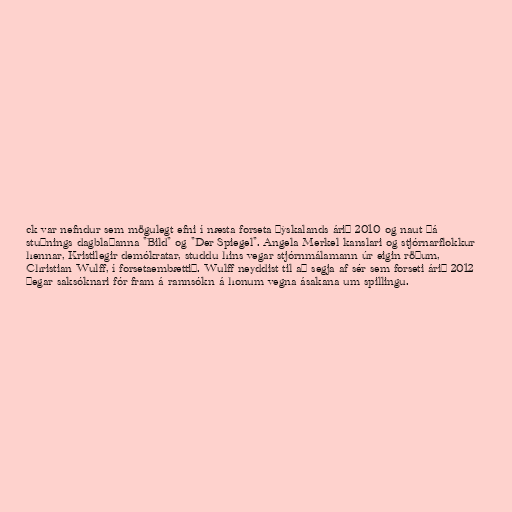
ck var nefndur sem mögulegt efni í næsta forseta Þýskalands árið 2010 og naut þá
stuðnings dagblaðanna "Bild" og "Der Spiegel". Angela Merkel kanslari og stjórnarflokkur
hennar, Kristilegir demókratar, studdu hins vegar stjórnmálamann úr eigin röðum,
Christian Wulff, í forsetaembættið. Wulff neyddist til að segja af sér sem forseti árið 2012
þegar saksóknari fór fram á rannsókn á honum vegna ásakana um spillingu.